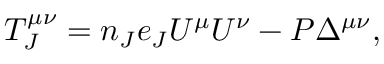
T _ { J } ^ { \mu \nu } = n _ { J } e _ { J } U ^ { \mu } U ^ { \nu } - P \Delta ^ { \mu \nu } ,